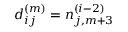
d _ { i j } ^ { ( m ) } = n _ { j , m + 3 } ^ { ( i - 2 ) }